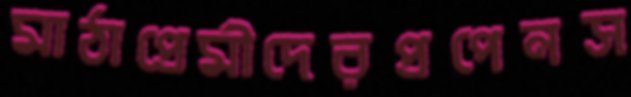
মাঠাপ্রেমীদেরপ্রপেনস